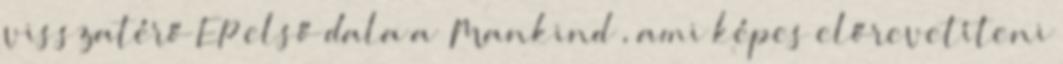
visszatérő EP első dala a ’Mankind’, ami képes előrevetíteni